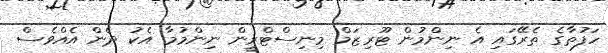
ހަފުތާގެ ތެރޭގައި އެ ނިންމުން ޓޫރިޒަމް މިނިސްޓްރީން ނިންމުމާ އެކު ދެން އެއްވެސް